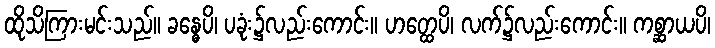
ထိုသိကြားမင်းသည်။ ခန္ဓေပိ၊ ပခုံး၌လည်းကောင်း။ ဟတ္ထေပိ၊ လက်၌လည်းကောင်း။ ကစ္ဆာယပိ၊